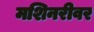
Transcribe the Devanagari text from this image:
मशिनरीवर